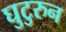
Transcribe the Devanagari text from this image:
घुटुरुन